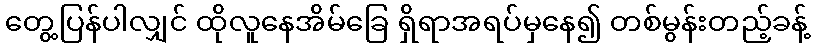
တွေ့ပြန်ပါလျှင် ထိုလူနေအိမ်ခြေ ရှိရာအရပ်မှနေ၍ တစ်မွန်းတည့်ခန့်